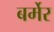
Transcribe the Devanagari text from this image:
बर्मेर